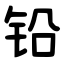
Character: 铅